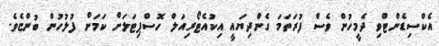
އެކްސިޑެންޓްވި ދެމީހުން ވެސް ފުރަތަމަ ގެންދިޔައީ އިކުއެޓޯރިއަލް ހޮސްޕިޓަލަށް ކަމަށް ފުލުހުން ބުންޏެވެ.